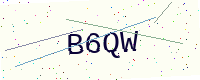
Text: B6QW